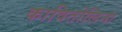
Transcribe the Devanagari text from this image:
कावितोलिना